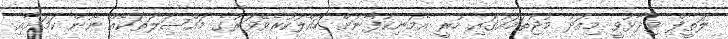
ލަތީފް ވިދާޅުވީ މިއަދު މުޖުތަމައުގައި ހުރީ އެމަނިކުފާނަށް ހައްލުކުރެވޭވަރުގެ މައްސަލަތަކެއް ނޫން ކަމަށާއި